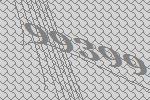
99399